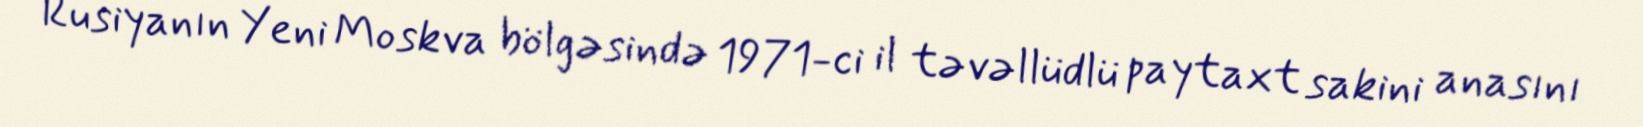
Rusiyanın Yeni Moskva bölgəsində 1971-ci il təvəllüdlü paytaxt sakini anasını